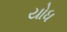
યોધ